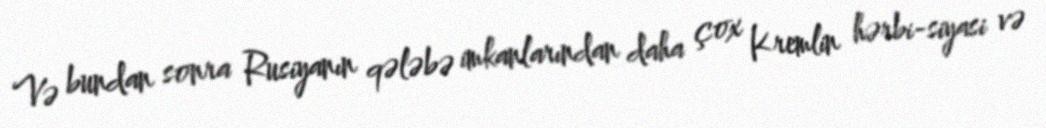
Və bundan sonra Rusiyanın qələbə imkanlarından daha çox Kremlin hərbi-siyasi və